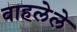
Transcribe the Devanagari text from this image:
वाहलेले